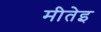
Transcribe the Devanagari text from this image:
मीतेइ